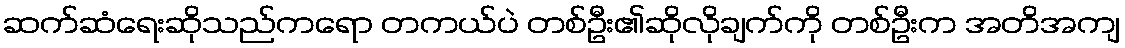
ဆက်ဆံရေးဆိုသည်ကရော တကယ်ပဲ တစ်ဦး၏ဆိုလိုချက်ကို တစ်ဦးက အတိအကျ